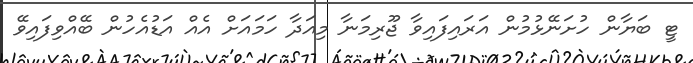
ޓީ ބަޔާން ހުށަނޭޅުމުން އަރައިފައިވާ ޖޫރިމަނާ މިއަދާ ހަމައަށް އެއް އަޑުއެހުން ބޭއްވިފައިވޭ